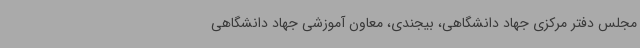
مجلس دفتر مرکزی جهاد دانشگاهی، بیجندی، معاون آموزشی جهاد دانشگاهی